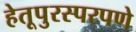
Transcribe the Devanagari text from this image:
हेतूपुरस्परपणे